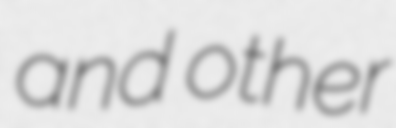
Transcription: and other